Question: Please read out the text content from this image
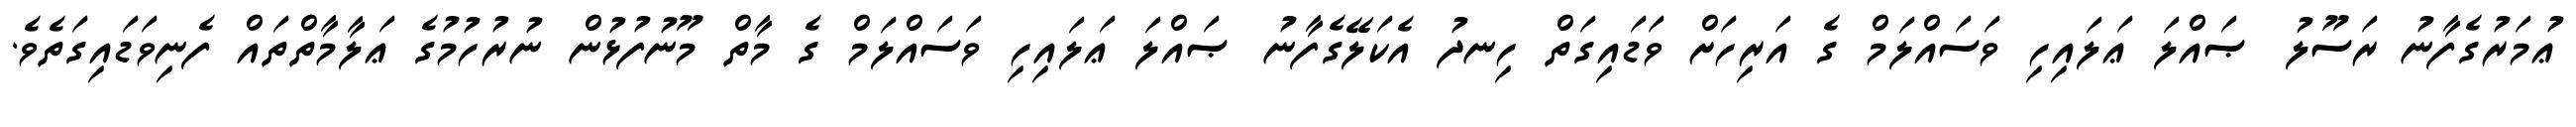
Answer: ޢުމަރުގެފާނު ރަސޫލު ޞައްލަ ޢަލައިހި ވަސައްލަމް ގެ އަރިހަށް ވަޑައިގަތް ހިނދު އެކަލޭގެފާނު ޞައްލަ ޢަލައިހި ވަސައްލަމް ގެ މާތް މޫނުފުޅުން ނުރުހުމުގެ ޢަލާމާތްތައް ފެނިވަޑައިގަތެވެ.